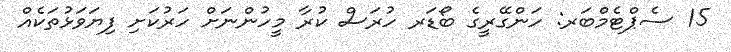
15 ސެޕްޓެމްބަރ: ހަންގޭރީގެ ބޯޑަރ ހުރަސް ކުރާ މީހުންނަށް ހަރުކަށި ފިޔަވަޅުތަކެއް